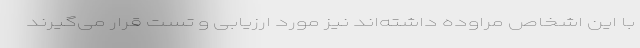
با این اشخاص مراوده داشته‌اند نیز مورد ارزیابی و تست قرار می‌گیرند